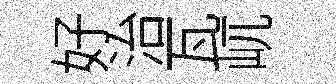
好治瓦屼